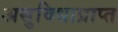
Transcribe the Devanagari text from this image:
असुविधाप्राप्त